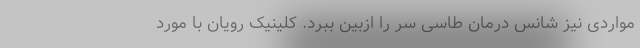
مواردی نیز شانس درمان طاسی سر را ازبین ببرد. کلینیک رویان با مورد